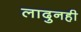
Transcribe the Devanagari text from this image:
लादुनही